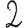
Digit: 2